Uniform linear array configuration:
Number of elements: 32
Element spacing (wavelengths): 0.75
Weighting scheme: hamming
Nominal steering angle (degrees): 30
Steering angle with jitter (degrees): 31.414
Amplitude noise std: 0.05
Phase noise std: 0.05

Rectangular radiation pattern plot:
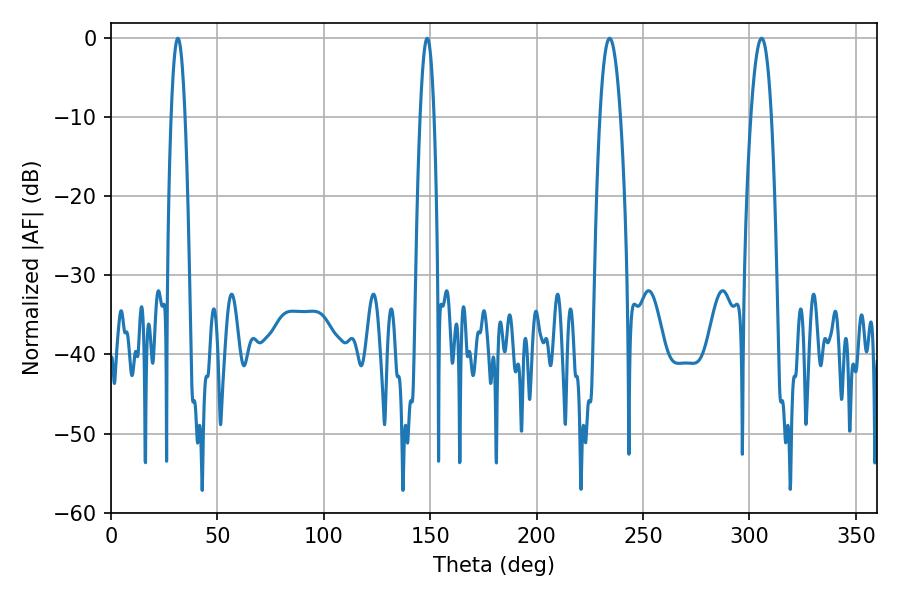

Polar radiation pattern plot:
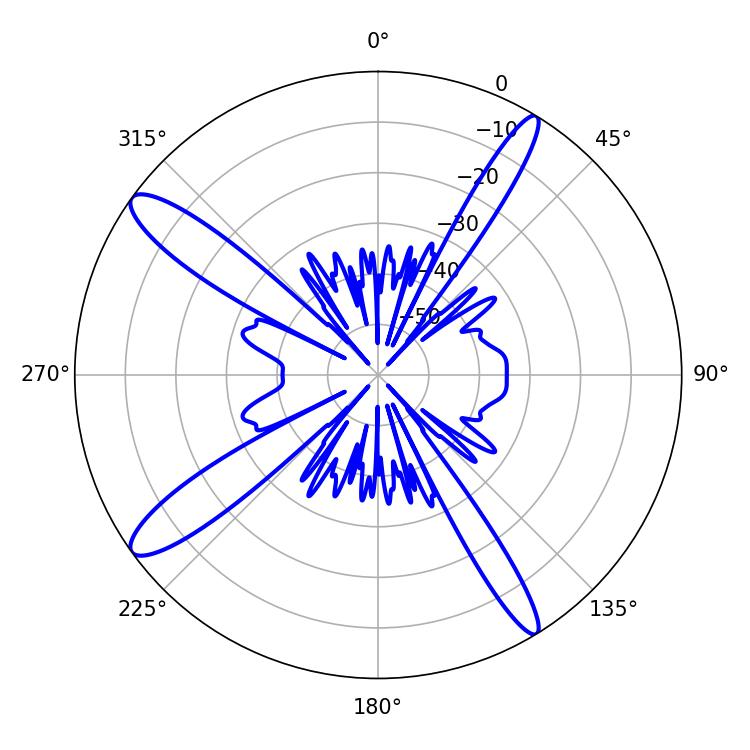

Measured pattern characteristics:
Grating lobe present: TRUE
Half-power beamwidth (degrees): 5.4
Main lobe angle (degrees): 234.36